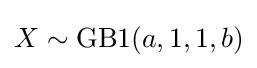
X\sim {\textrm {GB1}}(a,1,1,b)